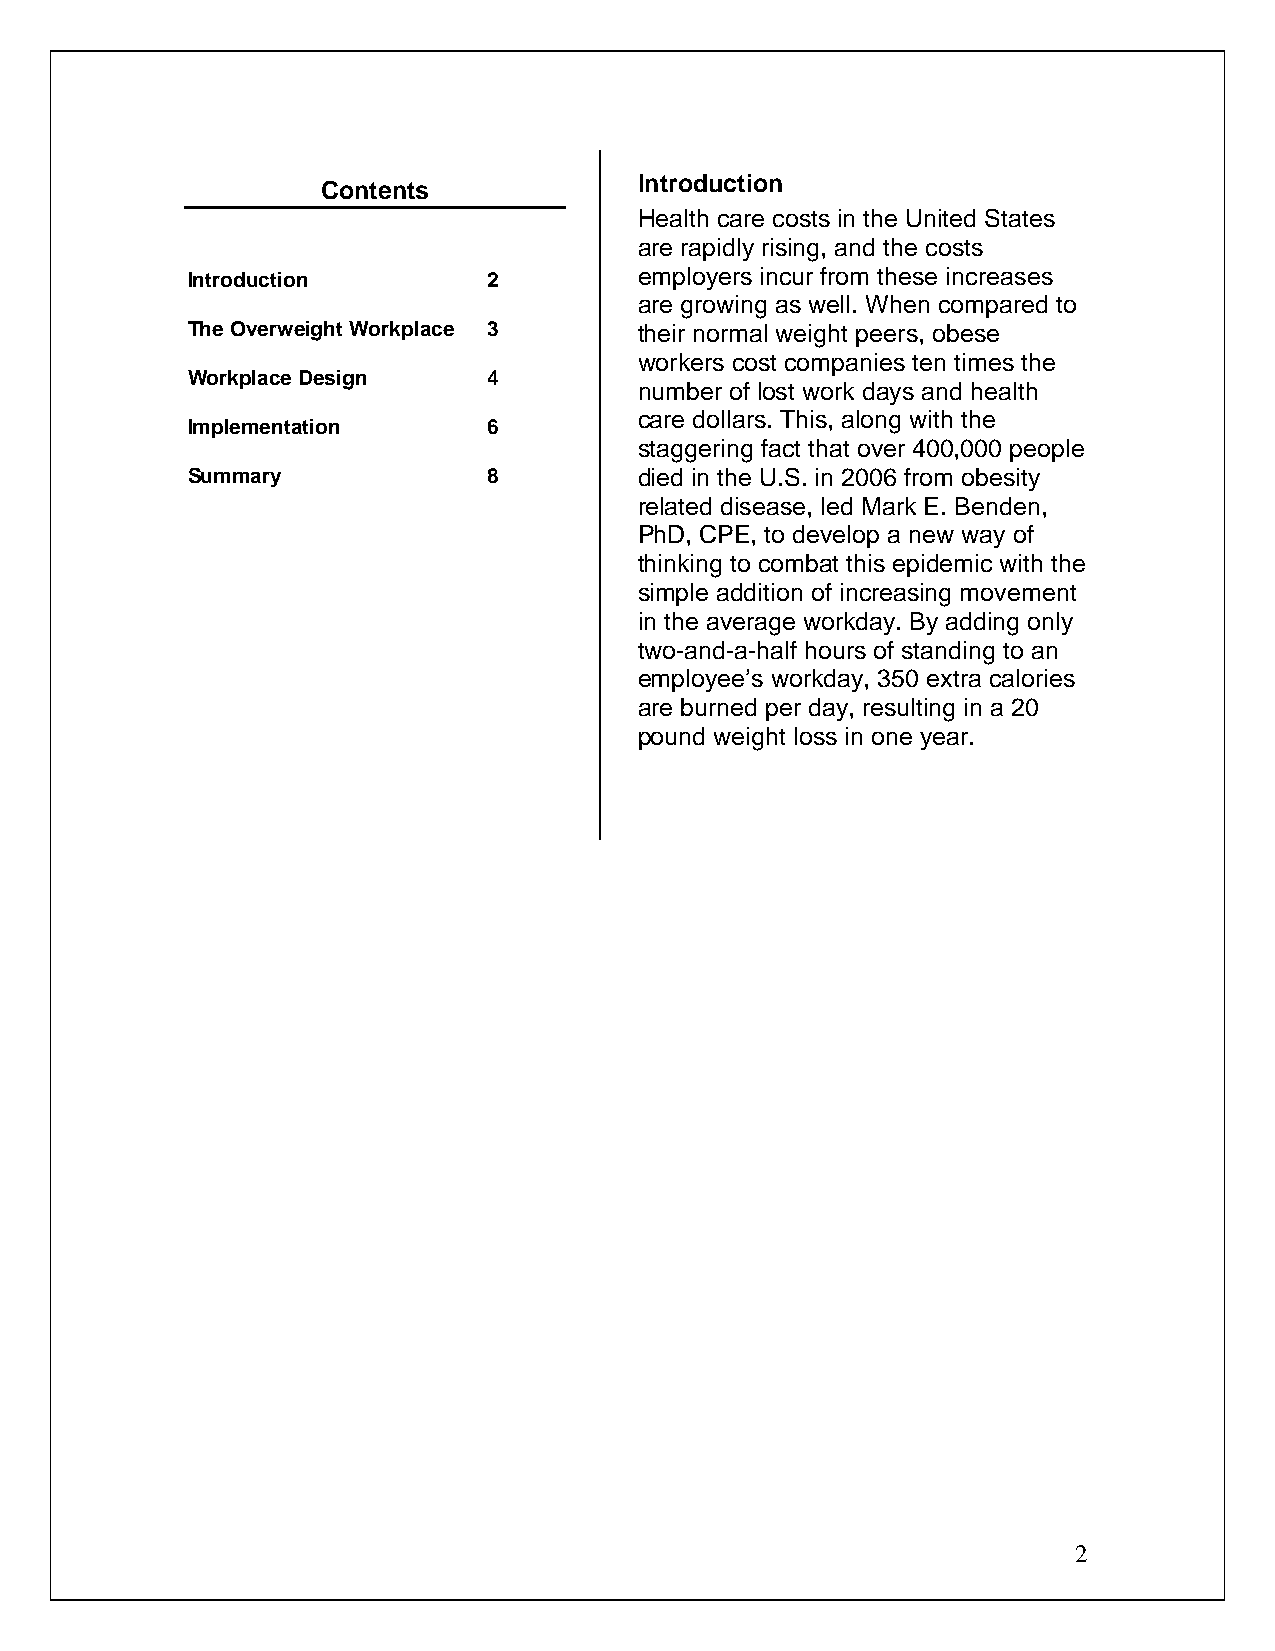
Introduction
 Contents
 Health care costs in the United States
 are rapidly rising, and the costs
 Introduction        2         employers incur from these increases
 are growing as well. When compared to
 The Overweight Workplace 3    their normal weight peers, obese
 workers cost companies ten times the
 Workplace Design    4
 number of lost work days and health
 care dollars. This, along with the
 Implementation      6
 staggering fact that over 400,000 people
 Summary             8         died in the U.S. in 2006 from obesity
 related disease, led Mark E. Benden,
 PhD, CPE, to develop a new way of
 thinking to combat this epidemic with the
 simple addition of increasing movement
 in the average workday. By adding only
 two-and-a-half hours of standing to an
 employee’s workday, 350 extra calories
 are burned per day, resulting in a 20
 pound weight loss in one year.
 2